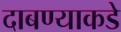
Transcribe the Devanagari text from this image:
दाबण्याकडे